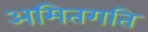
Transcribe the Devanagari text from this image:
अमितगति